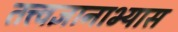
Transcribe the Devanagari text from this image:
तत्त्वज्ञानाभ्यास